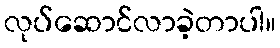
လုပ်ဆောင်လာခဲ့တာပါ။